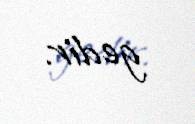
gedir.